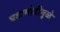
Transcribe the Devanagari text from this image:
घडामोडीमुळे